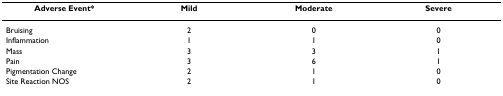
<table><thead><tr><td><b>Adverse Event*</b></td><td><b>Mild</b></td><td><b>Moderate</b></td><td><b>Severe</b></td></tr></thead><tbody><tr><td>Bruising</td><td>2</td><td>0</td><td>0</td></tr><tr><td>Inflammation</td><td>1</td><td>1</td><td>0</td></tr><tr><td>Mass</td><td>3</td><td>3</td><td>1</td></tr><tr><td>Pain</td><td>3</td><td>6</td><td>1</td></tr><tr><td>Pigmentation Change</td><td>2</td><td>1</td><td>0</td></tr><tr><td>Site Reaction NOS</td><td>2</td><td>1</td><td>0</td></tr></tbody></table>